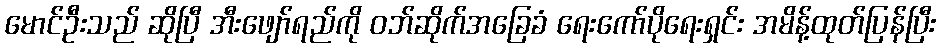
မောင်ဦးသည် ဆိုပြီ အီးဖျော်ရည်ကို ဝဘ်ဆိုက်အခြေခံ ရေးကော်ပိုရေးရှင်း အမိန့်ထုတ်ပြန်ပြီး